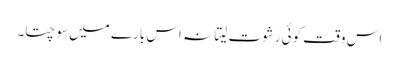
اس وقت کوئی رشوت لیتا نہ اس بارے میں سوچتا۔